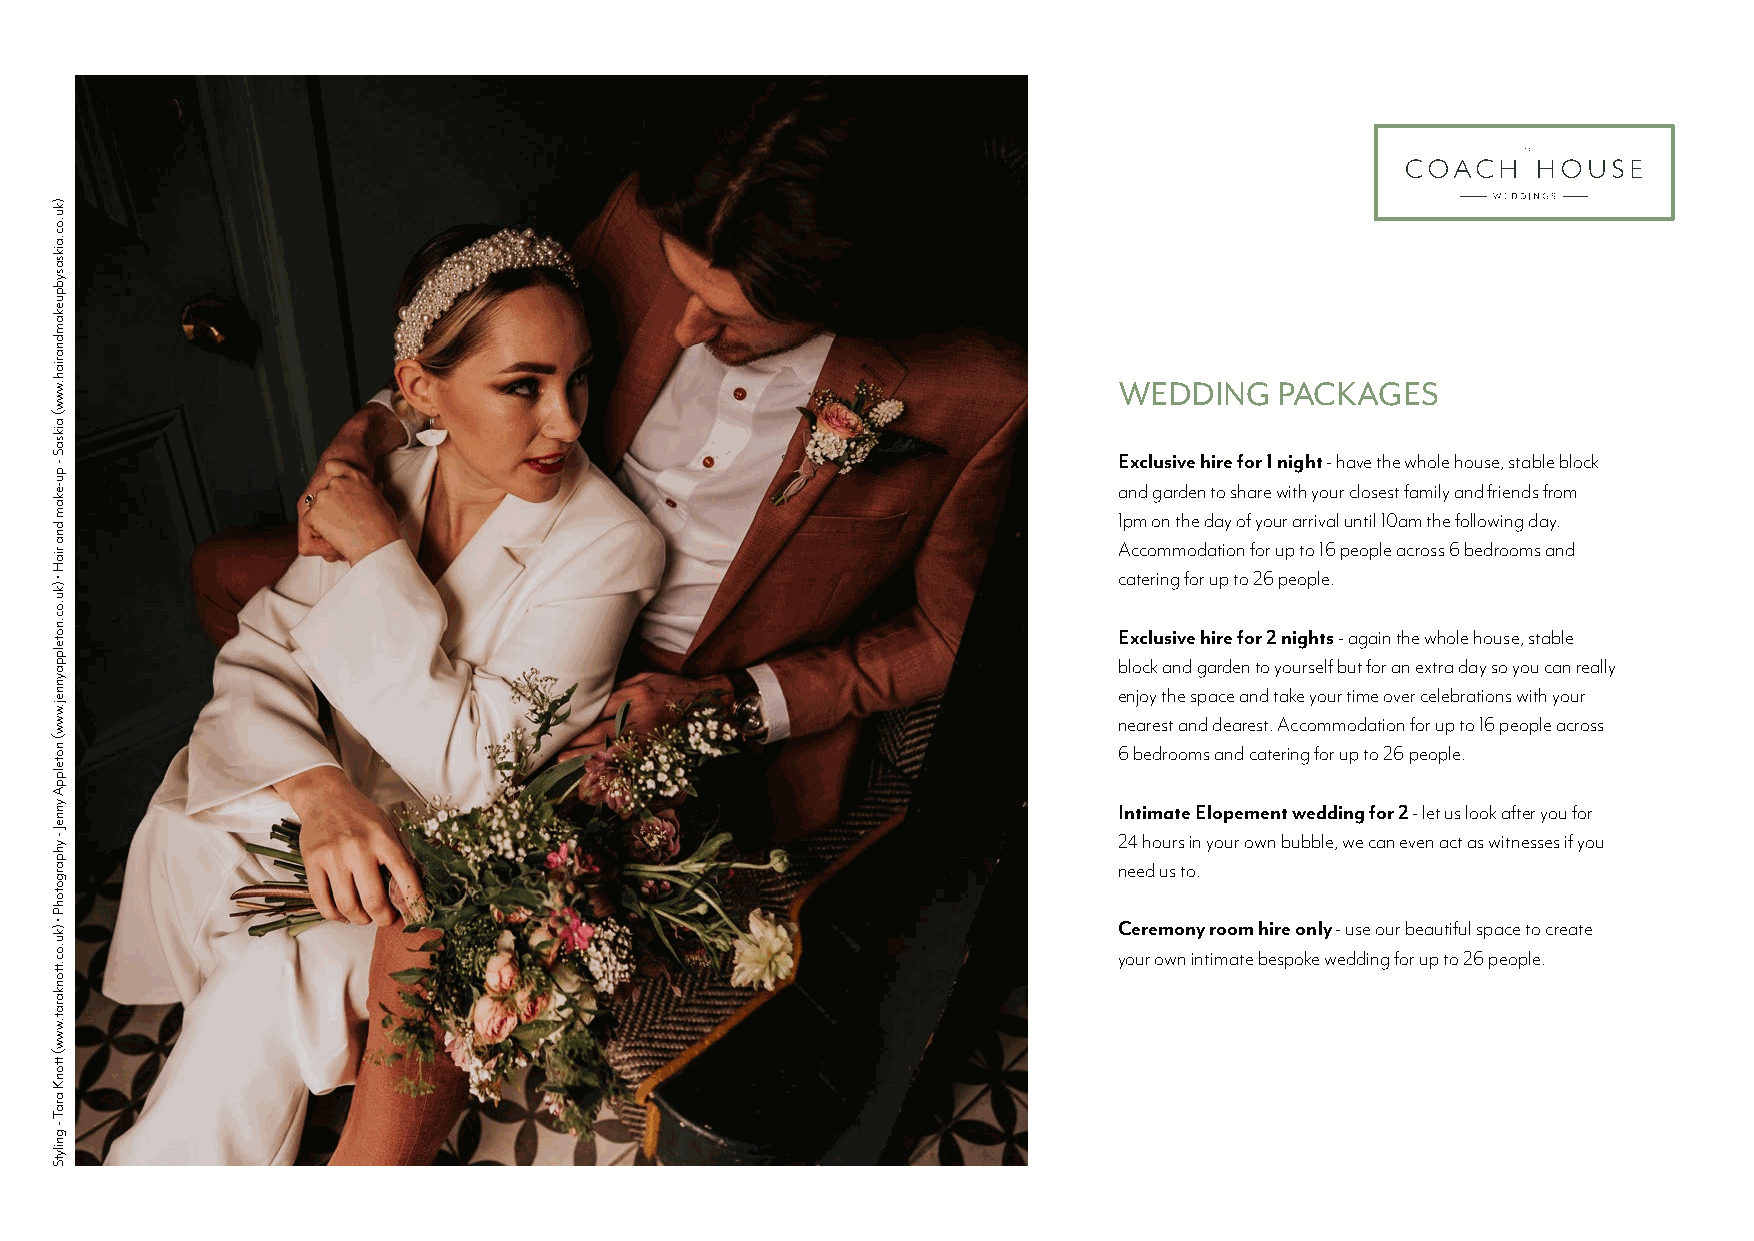
WEDDING    PACKAGES
 Exclusive hire for 1 night - have the whole house, stable block
 and garden to share with your closest family and friends from
 1pm on the day of your arrival until 10am the following day.
 Accommodation for up to 16 people across 6 bedrooms and
 catering for up to 26 people.
 Exclusive hire for 2 nights - again the whole house, stable
 block and garden to yourself but for an extra day so you can really
 enjoy the space and take your time over celebrations with your
 nearest and dearest. Accommodation for up to 16 people across
 6 bedrooms and catering for up to 26 people.
 Intimate Elopement wedding for 2 - let us look after you for
 24 hours in your own bubble, we can even act as witnesses if you
 need us to.
 Ceremony room hire only - use our beautiful space to create
 your own intimate bespoke wedding for up to 26 people.
 )ku.oc.aiksasybpuekamdnariah.www(
 aiksaS
 -
 pu-ekam
 dna
 riaH
 •
 )ku.oc.notelppaynnej.www(
 notelppA
 ynneJ
 -
 yhpargotohP
 • )ku.oc.ttonkarat.www(
 ttonK
 araT
 -
 gnilytS